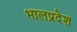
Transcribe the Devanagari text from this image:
भालप्रदेश